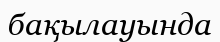
бақылауында